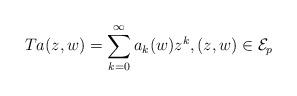
LaTeX: \begin{align*}Ta(z,w) = \sum_{k=0}^{\infty} a_k(w)z^k, (z,w) \in \mathcal{E}_p\end{align*}